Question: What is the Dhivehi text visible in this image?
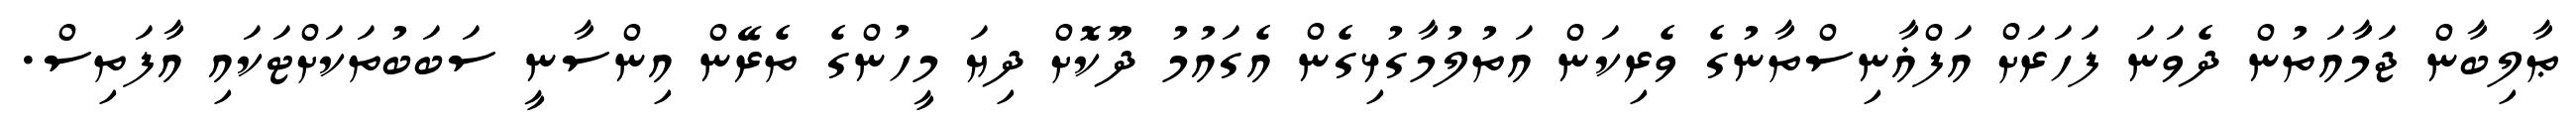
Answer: ޠާލިބާން ޖަމާައަތުން ދެވަނަ ފަހަރަށް އަފްޣާނިސްތާނުގެ ވެރިކަން އަތުލުމާގުޅިގެން އެގައުމު ދޫކޮށް ދިޔަ މީހުންގެ ތެރޭން އިންސާނީ ސަބަބުތަކަށްޓަކައި އާފަތިސް.